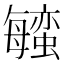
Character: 𬠱